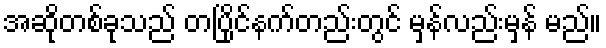
အဆိုတစ်ခုသည် တပြိုင်နက်တည်းတွင် မှန်လည်းမှန် မည်။